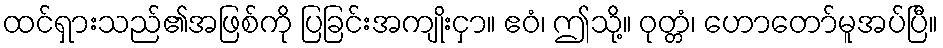
ထင်ရှားသည်၏အဖြစ်ကို ပြခြင်းအကျိုးငှာ။ ဧဝံ၊ ဤသို့။ ဝုတ္တံ၊ ဟောတော်မူအပ်ပြီ။